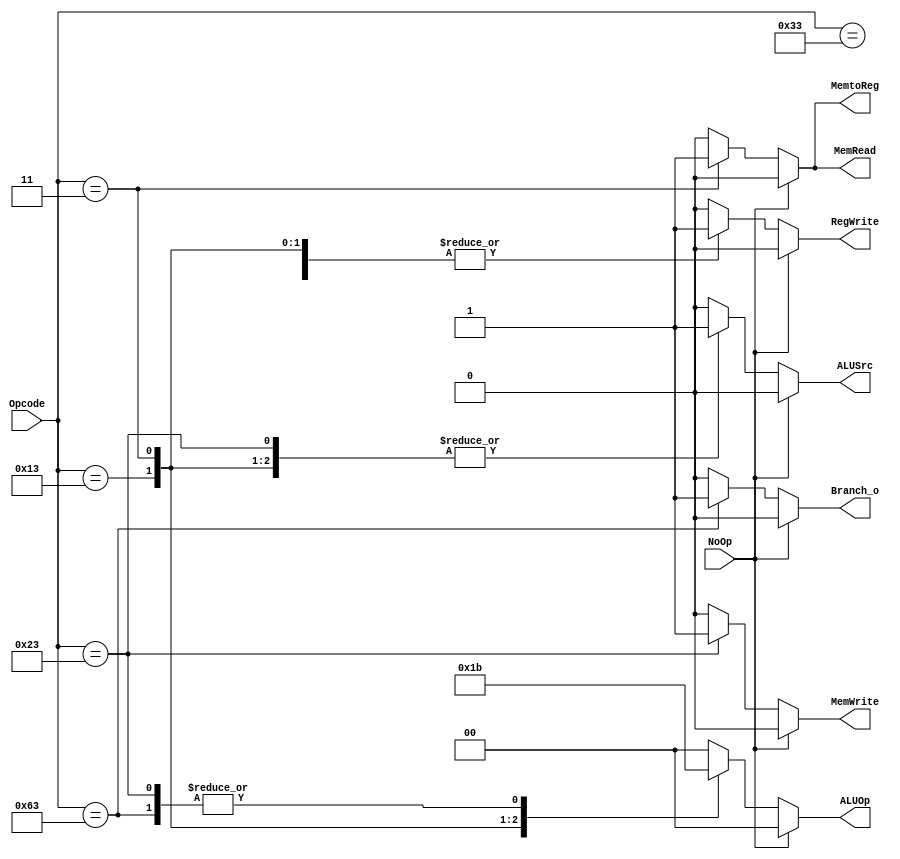
module Control
(
    Opcode,
    NoOp,
    ALUOp,
    ALUSrc,
    RegWrite,
    Branch_o,
    MemtoReg,
    MemRead,
    MemWrite
);

input [6:0] Opcode;
input NoOp;

output [1:0] ALUOp;
output ALUSrc;
output RegWrite;
output Branch_o;
output MemtoReg;
output MemRead;
output MemWrite;

reg [1:0] ALUOp;
reg ALUSrc;
reg RegWrite;
reg Branch_o;
reg MemtoReg;
reg MemRead;
reg MemWrite;

initial
begin
    ALUOp <= 0;
    ALUSrc <= 0;
    RegWrite <= 0;
    Branch_o <= 0;
    MemtoReg <= 0;
    MemRead <= 0;
    MemWrite <= 0;
end

// 00: and xor sll add sub mul srai
// 01: addi lw
// 10: sw
// 11: beq

always @(*)
begin
    if (NoOp)
    begin
        ALUOp <= 2'b00;
        ALUSrc <= 0;
        RegWrite <= 0;
        Branch_o <= 0;
        MemRead <= 0;
        MemWrite <= 0;
        MemtoReg <= 0;
    end
    else
    case(Opcode)
        7'b0110011: // and xor sll add sub mul
        begin
            ALUOp <= 2'b00;
            ALUSrc <= 0;
            RegWrite <= 1;
            Branch_o <= 0;
            MemRead <= 0;
            MemWrite <= 0;
            MemtoReg <= 0;
        end
        7'b0010011: // addi srai
        begin
            begin
                ALUOp <= 2'b01;
                ALUSrc <= 1;
                RegWrite <= 1;
                Branch_o <= 0;
                MemRead <= 0;
                MemWrite <= 0;
                MemtoReg <= 0;
            end
        end
        7'b0000011: // lw
        begin 
            ALUOp <= 2'b10;
            ALUSrc <= 1;
            RegWrite <= 1;
            Branch_o <= 0;
            MemRead <= 1;
            MemWrite <= 0;
            MemtoReg <= 1;
        end
        7'b0100011: // sw
        begin
            ALUOp <= 2'b11;
            ALUSrc <= 1;
            RegWrite <= 0;
            Branch_o <= 0;
            MemRead <= 0;
            MemWrite <= 1;
            MemtoReg <= 0;
        end
        7'b1100011: begin // beq
            ALUOp <= 2'b11;
            ALUSrc <= 0;
            RegWrite <= 0;
            Branch_o <= 1;
            MemRead <= 0;
            MemWrite <= 0;
            MemtoReg <= 0;
        end
        default: 
        begin
            ALUOp <= 2'b00;
            ALUSrc <= 0;
            RegWrite <= 0;
            Branch_o <= 0;
            MemRead <= 0;
            MemWrite <= 0;
            MemtoReg <= 0;
        end
    endcase
end 

endmodule